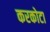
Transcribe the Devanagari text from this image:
करकोटा